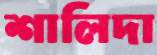
শালিদা